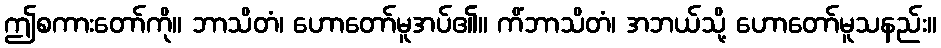
ဤစကားတော်ကို။ ဘာသိတံ၊ ဟောတော်မူအပ်၏။ ကိံဘာသိတံ၊ အဘယ်သို့ ဟောတော်မူသနည်း။